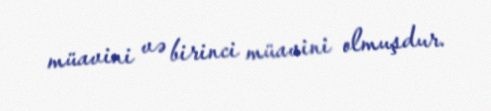
müavini və birinci müavini olmuşdur.